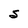
Character: S